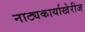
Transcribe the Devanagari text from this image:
नाट्यकार्याखेरीज